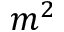
m ^ { 2 }